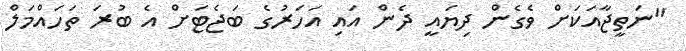
"ނަތީޖާއަކަށް ވެގެން ދިޔައީ ދެން އައި އަހަރުގެ ބަޖެޓަށް އެ ބުރަ ތަހައްމަލް